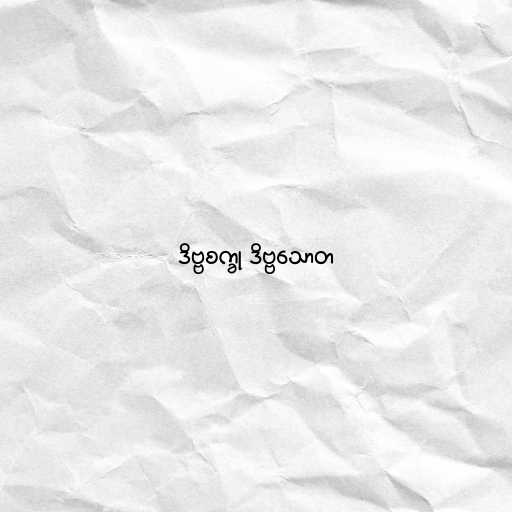
ဒိဗ္ဗစက္ခု ဒိဗ္ဗသောတ